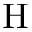
\mathrm { H }